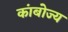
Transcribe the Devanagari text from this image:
कांबोज्य